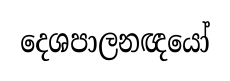
දෙශපාලනඥයෝ